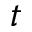
t